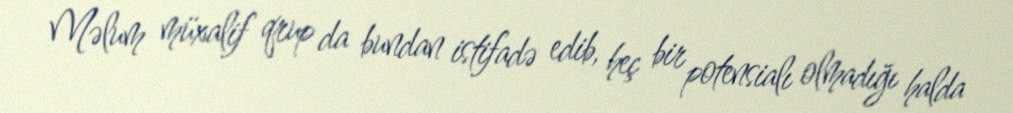
Məlum müxalif qrup da bundan istifadə edib, heç bir potensialı olmadığı halda